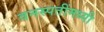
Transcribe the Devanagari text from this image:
वनस्पतींमध्यी